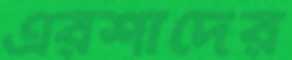
এরশাদের